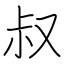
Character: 叔